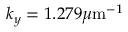
k _ { y } = 1 . 2 7 9 \mu \mathrm { m } ^ { - 1 }